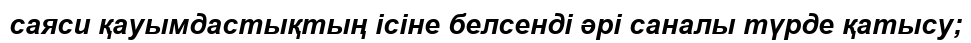
саяси қауымдастықтың ісіне белсенді әрі саналы түрде қатысу;